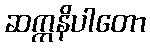
ဆက္ကနိပါတော